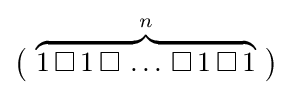
{\big (}\,\overbrace {1\,\square \,1\,\square \,\ldots \,\square \,1\,\square \,1} ^{n}\,{\big )}